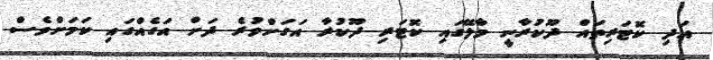
އަދި ކޮޓަރިތައް ދޫކުރާނީ މާލޭގައި ކޮޓަރި ދޫކުރާ އަގަށްވުރެ ދަށް އަގެއްގައި ކަމަށްވެސް